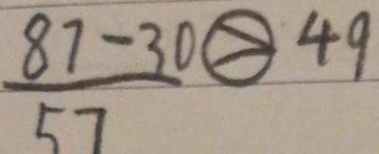
\frac { 8 7 - 3 0 } { 5 7 } \textcircled { > } 4 9